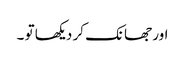
اور جھانک کر دیکھا تو ۔